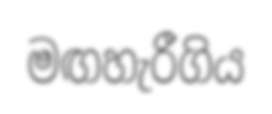
මඟහැරීගිය